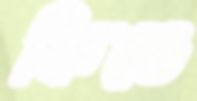
ফিঙে